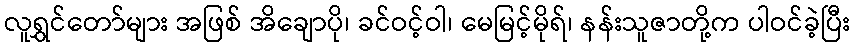
လူရွှင်တော်များ အဖြစ် အိချောပို၊ ခင်ဝင့်ဝါ၊ မေမြင့်မိုရ်၊ နန်းသူဇာတို့က ပါဝင်ခဲ့ပြီး